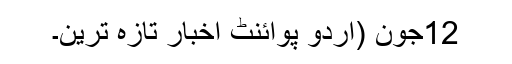
12جون (اُردو پوائنٹ اخبار تازہ ترین۔